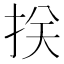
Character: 𢬈